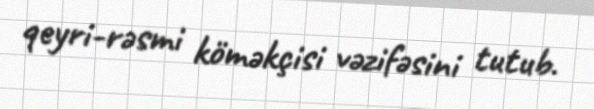
qeyri-rəsmi köməkçisi vəzifəsini tutub.